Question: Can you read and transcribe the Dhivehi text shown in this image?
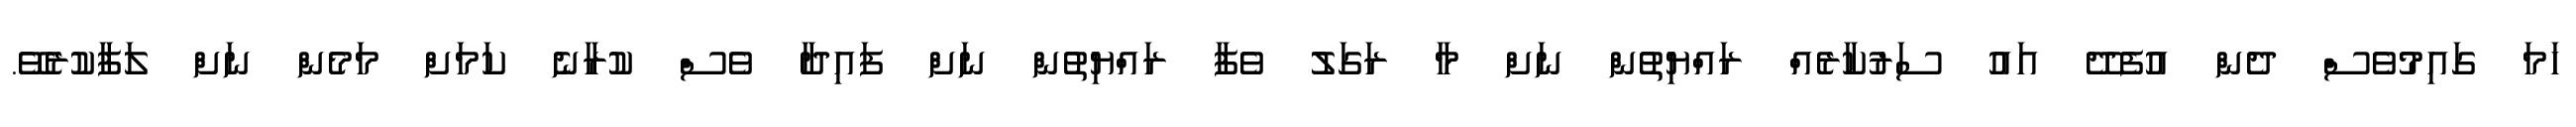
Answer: ހަމަ ގައިމުވެސް ދެން އުފެދޭ އައު ސަރުކާރެއް ރައްޔިތުން ނަށް މާ ރަގަލު ވެފާ ރައްޔިތުން ނަށް ފައިދާ ވެސް ކުރާނެ ކަމަށް މަމެން ނަށް ލަފާކުރެވޭ.